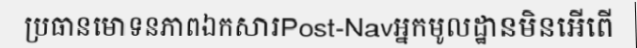
ប្រធានមោទនភាពឯកសារPost-Navអ្នកមូលដ្ឋានមិនអើពើ